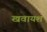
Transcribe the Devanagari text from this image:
खवायश